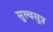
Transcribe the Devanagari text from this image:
सुल्वसूत्र